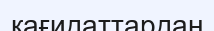
қағидаттардан